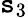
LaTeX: \mathtt{s}_{3}